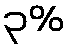
၃%